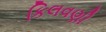
કિલવણી